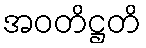
အဝတိဋ္ဌတိ